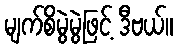
မျက်စိမွဲမွဲဖြင့် ဒီဗယ်။